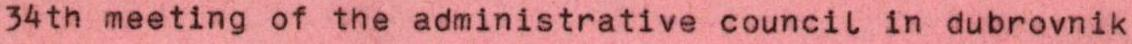
34th meeting of the administrative council in dubrovnik